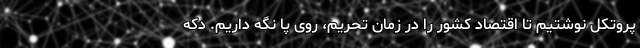
پروتکل نوشتیم تا اقتصاد کشور را در زمان تحریم، روی پا نگه داریم. دکه